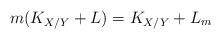
LaTeX: \begin{align*}m(K_{X/Y}+ L)= K_{X/Y}+ L_m\end{align*}